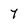
Character: 7